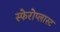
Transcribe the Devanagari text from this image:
स्फेरोप्लास्ट